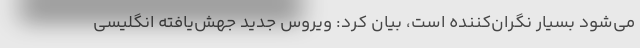
می‌شود بسیار نگران‌کننده است، بیان کرد: ویروس جدید جهش‌یافته انگلیسی